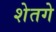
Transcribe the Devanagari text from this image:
शेतगे